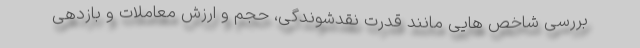
بررسی شاخص هایی مانند قدرت نقدشوندگی، حجم و ارزش معاملات و بازدهی